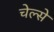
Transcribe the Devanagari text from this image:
चेल्से